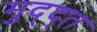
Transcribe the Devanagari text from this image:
मुद्द्त